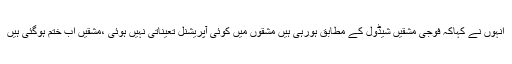
انہوں نے کہاکہ فوجی مشقیں شیڈول کے مطابق ہورہی ہیں مشقوں میں کوئی آپریشنل تعیناتی نہیں ہوئی ،مشقیں اب ختم ہوگئی ہیں